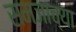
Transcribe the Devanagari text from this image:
समजाच्या